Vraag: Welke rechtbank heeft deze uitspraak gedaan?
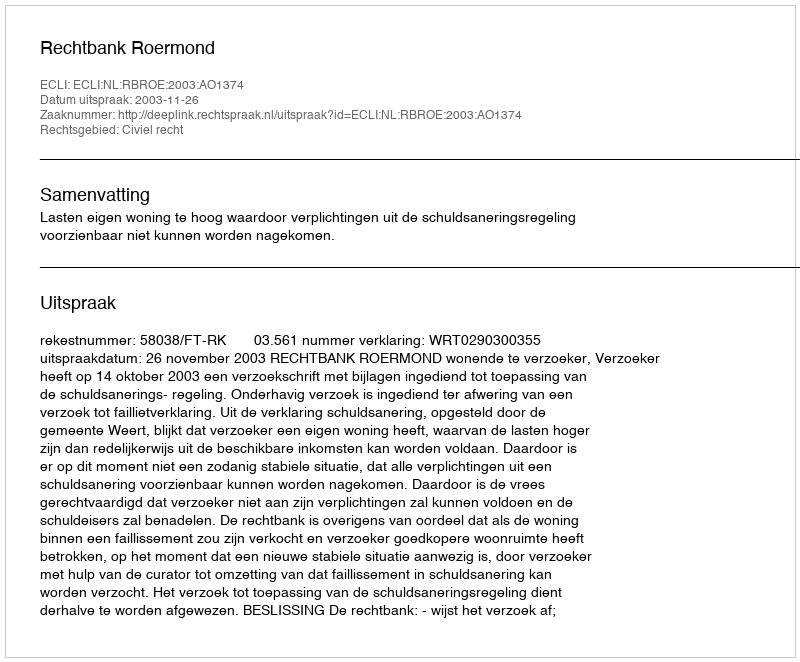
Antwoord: Rechtbank Roermond